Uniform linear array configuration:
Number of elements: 32
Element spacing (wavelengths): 0.75
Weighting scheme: blackman
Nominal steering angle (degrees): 30
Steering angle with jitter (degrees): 28.405
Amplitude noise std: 0.05
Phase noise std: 0.05

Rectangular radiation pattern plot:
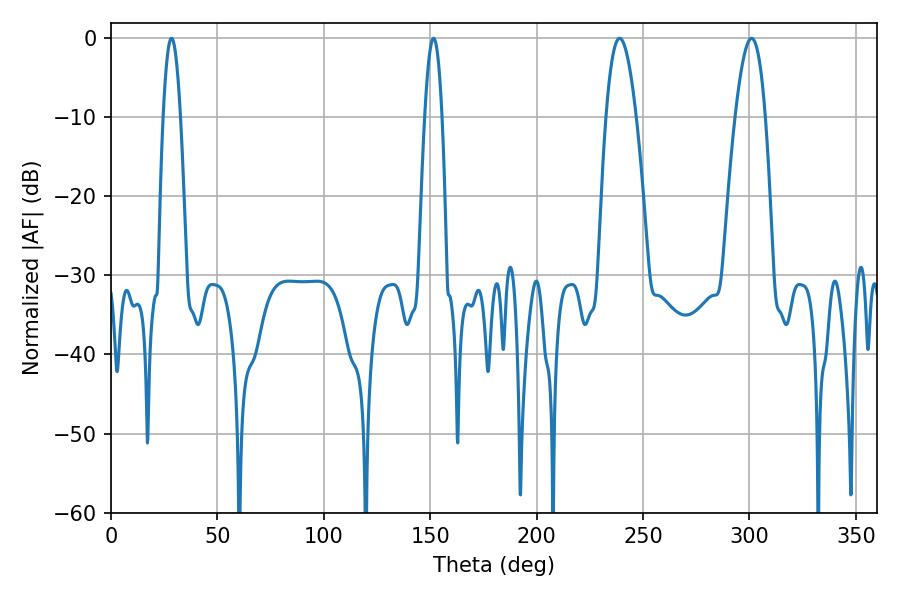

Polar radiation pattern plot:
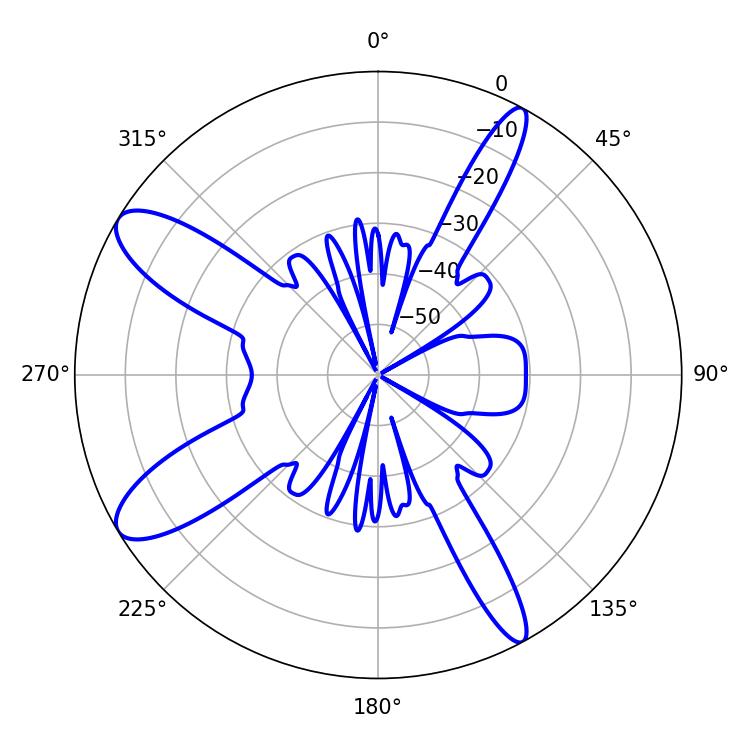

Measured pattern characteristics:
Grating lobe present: TRUE
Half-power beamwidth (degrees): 4.32
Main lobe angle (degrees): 28.44